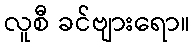
လူစီ ခင်ဗျားရော။